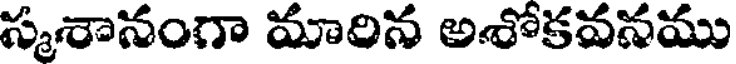
స్మశానంగా మారిన అశోకవనము